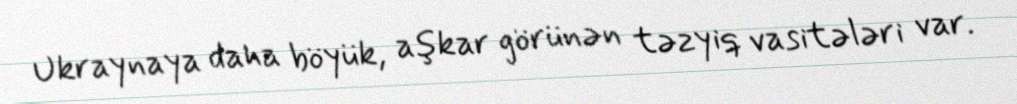
Ukraynaya daha böyük, aşkar görünən təzyiq vasitələri var.